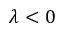
\lambda < 0